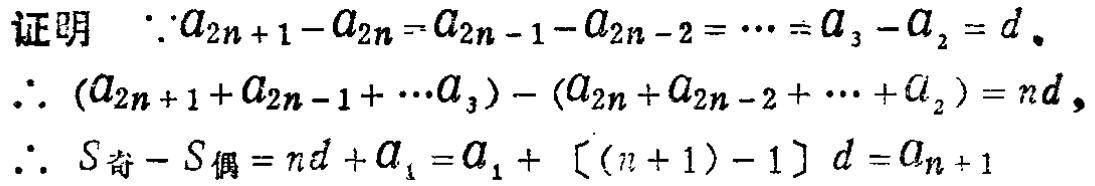
证明

\(\because a_{2n + 1} - a_{2n} = a_{2n - 1} - a_{2n - 2} = \cdots = a_{3} - a_{2} = d\)，

\(\therefore (a_{2n + 1} + a_{2n - 1} + \cdots + a_{3}) - (a_{2n} + a_{2n - 2} + \cdots + a_{2}) = nd\)，

\(\therefore S_{奇} - S_{偶} = nd + a_{1} = a_{1} + [(n + 1) - 1]d = a_{n + 1}\)